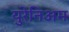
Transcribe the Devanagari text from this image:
युरेनिअम